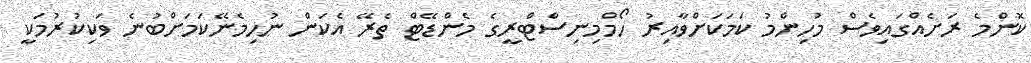
ކޮންމެ ރަށެއްގައިވެސް މުހިންމު ކަމަކަށްވާއިރު ހޯމްމިނިސްޓްރީގެ މެންޑޭޓް ތެރޭ އެކަން ނުހިމެނޭކަމަށްބުނެ ވަކިކުރުމަކީ